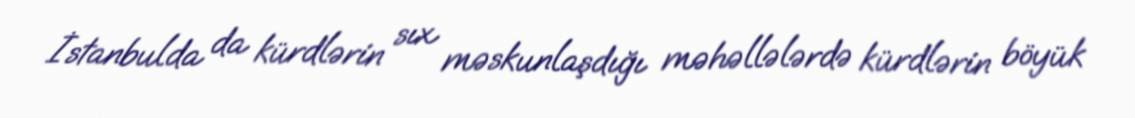
İstanbulda da kürdlərin sıx məskunlaşdığı məhəllələrdə kürdlərin böyük